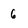
Character: 6